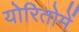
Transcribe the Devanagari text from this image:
योरितोमें